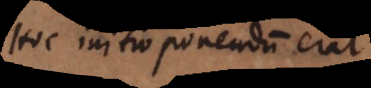
Hoc initio ponendum erat.